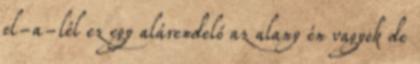
el-a-lél ez egy alárendelő az alany én vagyok de